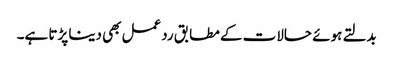
بدلتے ہوئے حالات کے مطابق ردعمل بھی دینا پڑتا ہے۔